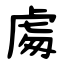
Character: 䖏